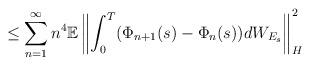
LaTeX: \begin{align*}\leq \sum_{n=1}^{\infty} n^4 \mathbb{E} \left\lVert \int_0^T (\Phi_{n+1}(s)- \Phi_{n}(s)) dW_{E_s} \right\rVert^2_H \end{align*}